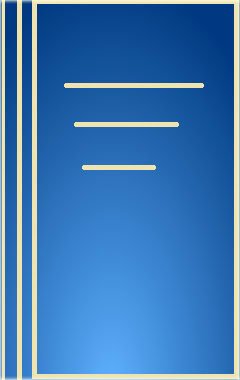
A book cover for How Does Jewish Law Work; J. Simcha Cohen; Religion & Spirituality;